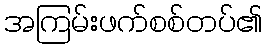
အကြမ်းဖက်စစ်တပ်၏